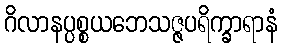
ဂိလာနပ္ပစ္စယဘေသဇ္ဇပရိက္ခာရာနံ